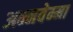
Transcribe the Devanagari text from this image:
अन्नवेम्मा